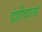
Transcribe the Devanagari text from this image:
देहीवाला